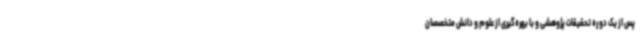
پس از یک دوره تحقیقات پژوهشی و با بهره‌گیری از علوم و دانش متخصصان